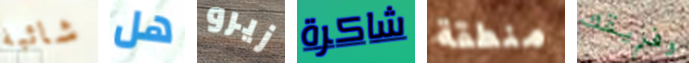
شائبة هل زيرو شاكرة منطقة وفريقك